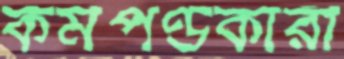
কর্মপণ্ডকারী